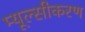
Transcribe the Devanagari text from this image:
म्यूल्सीकरण